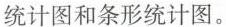
统计图和条形统计图。